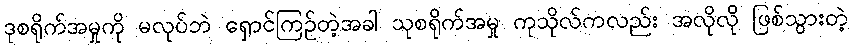
ဒုစရိုက်အမှုကို မလုပ်ဘဲ ရှောင်ကြဉ်တဲ့အခါ သုစရိုက်အမှု ကုသိုလ်ကလည်း အလိုလို ဖြစ်သွားတဲ့